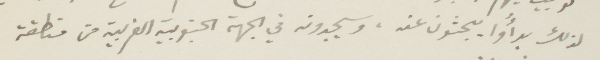
لذالك بدأوا يبحثون عنه، ويجدونه في الجهة الجنوبية الغربية من منطقة